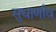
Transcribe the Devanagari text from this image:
सुधार्णाव